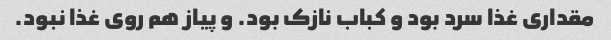
مقداری غذا سرد بود و کباب نازک بود. و پیاز هم روی غذا نبود.